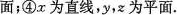
面；④x为直线，y，为平面.